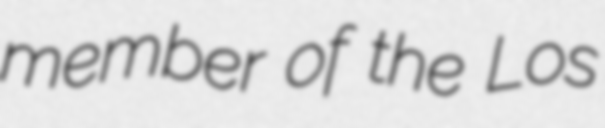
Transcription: member of the Los